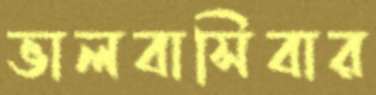
ভালবাসিবার